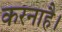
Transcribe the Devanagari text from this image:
करनाहै।